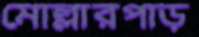
মোল্লারপাড়